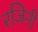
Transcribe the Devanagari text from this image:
रजिनी